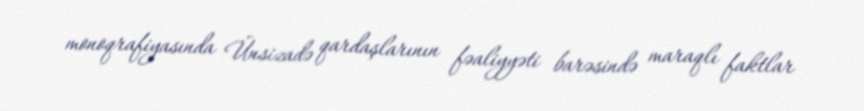
monoqrafiyasında Ünsizadə qardaşlarının fəaliyyəti barəsində maraqlı faktlar